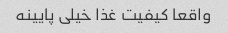
واقعا کیفیت غذا خیلی پایینه